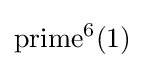
{\textrm {prime}}^{6}(1)